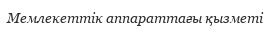
Мемлекеттік аппараттағы қызметі